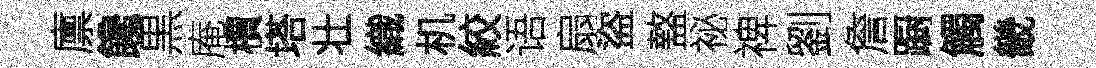
廪饞黒庵檟塔壮織机絞语扇盜盩祕禆劉詹蹰觸畿